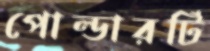
পোল্ডারটি